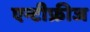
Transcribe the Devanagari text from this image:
एन्टीफ्रीज